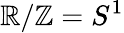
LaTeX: \mathbb{R}/\mathbb{Z}=S^{1}